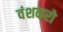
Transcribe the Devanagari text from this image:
वंशकरो